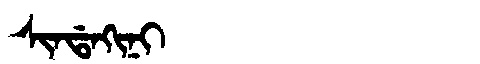
Manchu: ᠰᡳᠨᡩᠠᡴᡳᠨᡳ
Romanization: SINDAKINI